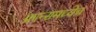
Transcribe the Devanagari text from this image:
फ्रान्समध्येच